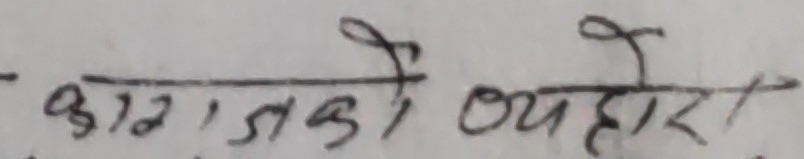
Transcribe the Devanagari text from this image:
काजका व्यवहार